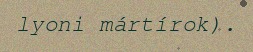
lyoni mártírok).